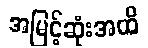
အမြင့်ဆုံးအထိ